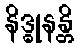
နိဒ္ဓုနန္တိ